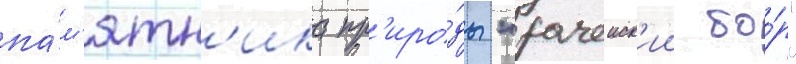
па́м'ятн'ика пр'иро́ды "рачеиск'ии бо́р"